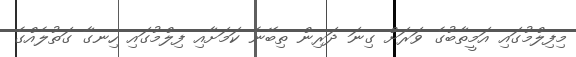
މިފިލްމުގައި އަމީތާބުގެ ވަރަށް ގިނަ ދަރިން ތިބޭނެ ކަމަށާއި ފިލްމުގައި ހިނގާ ގަތުލެއްގެ